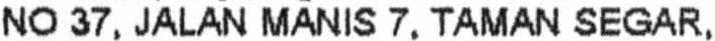
NO 37, JALAN MANIS 7, TAMAN SEGAR,